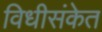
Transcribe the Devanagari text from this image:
विधीसंकेत